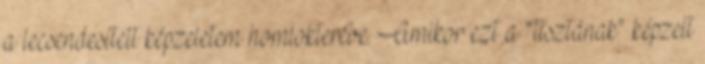
a lecsendesített képzeletem homlokterébe. Amikor ezt a “tisztának” képzelt